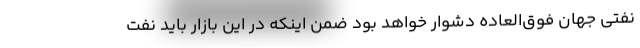
نفتی جهان فوق‌العاده دشوار خواهد بود ضمن اینکه در این بازار باید نفت